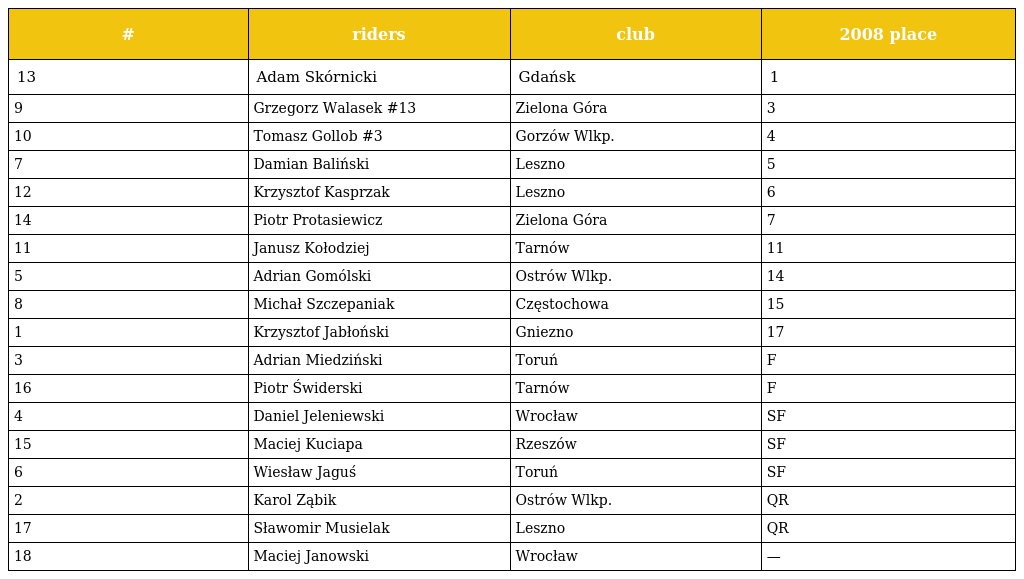
| # | riders | club | 2008 place |
 | --- | --- | --- | --- |
 | 13 | Adam Skórnicki | Gdańsk | 1 |
 | 9 | Grzegorz Walasek #13 | Zielona Góra | 3 |
 | 10 | Tomasz Gollob #3 | Gorzów Wlkp. | 4 |
 | 7 | Damian Baliński | Leszno | 5 |
 | 12 | Krzysztof Kasprzak | Leszno | 6 |
 | 14 | Piotr Protasiewicz | Zielona Góra | 7 |
 | 11 | Janusz Kołodziej | Tarnów | 11 |
 | 5 | Adrian Gomólski | Ostrów Wlkp. | 14 |
 | 8 | Michał Szczepaniak | Częstochowa | 15 |
 | 1 | Krzysztof Jabłoński | Gniezno | 17 |
 | 3 | Adrian Miedziński | Toruń | F |
 | 16 | Piotr Świderski | Tarnów | F |
 | 4 | Daniel Jeleniewski | Wrocław | SF |
 | 15 | Maciej Kuciapa | Rzeszów | SF |
 | 6 | Wiesław Jaguś | Toruń | SF |
 | 2 | Karol Ząbik | Ostrów Wlkp. | QR |
 | 17 | Sławomir Musielak | Leszno | QR |
 | 18 | Maciej Janowski | Wrocław | — |